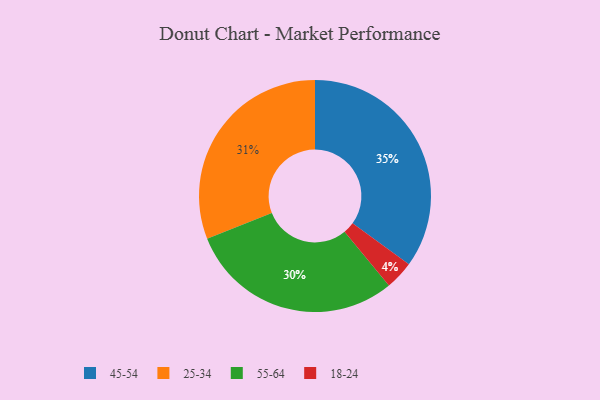
{"axis": {"x": "Category", "y": "Percentage"}, "legend": ["18-24", "25-34", "45-54", "55-64"], "data": [{"x": "45-54", "y": 35, "type": "45-54"}, {"x": "18-24", "y": 4, "type": "18-24"}, {"x": "55-64", "y": 30, "type": "55-64"}, {"x": "25-34", "y": 31, "type": "25-34"}]}